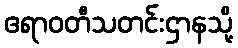
ဧရာဝတီသတင်းဌာနသို့